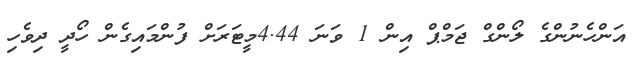
އަންހެނުންގެ ލޯންގް ޖަމްޕް އިން 1 ވަނަ 4.44މީޓަރަށް ފުންމައިގެން ހޯދީ ދިވެހި